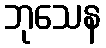
ဘုသေန